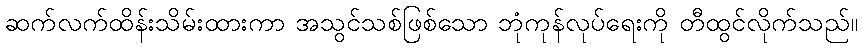
ဆက်လက်ထိန်းသိမ်းထားကာ အသွင်သစ်ဖြစ်သော ဘုံကုန်လုပ်ရေးကို တီထွင်လိုက်သည်။